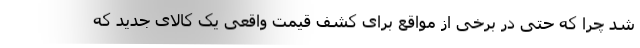
شد چرا که حتی در برخی از مواقع برای کشف قیمت واقعی یک کالای جدید که